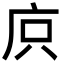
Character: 㡶